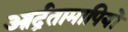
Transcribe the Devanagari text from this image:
आर्द्रतामापियों